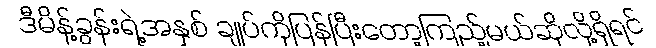
ဒီမိန့်ခွန်းရဲ့အနှစ် ချုပ်ကိုပြန်ပြီးတော့ကြည့်မယ်ဆိုလို့ရှိရင်